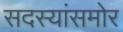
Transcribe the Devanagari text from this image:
सदस्यांसमोर